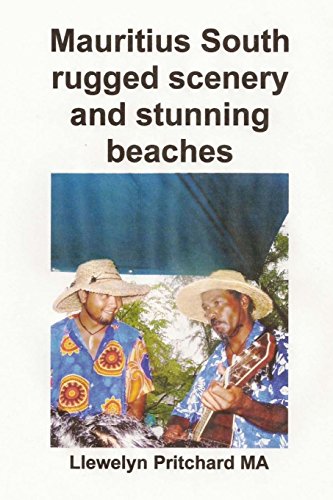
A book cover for Mauritius South rugged scenery and stunning beaches: Ein Souvenir Sammlung von farb fotografien mit bildunterschriften (Foto Alben) (Volume 9) (German Edition); Llewelyn Pritchard MA; Travel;